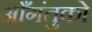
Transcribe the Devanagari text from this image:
आँगंतुको